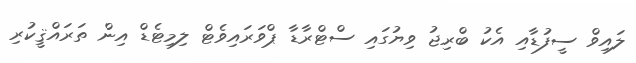
ލައިވް ސީފުޑާއި އެކު ބްރިޖު ވިޔުގައި ސްޓްރާޑާ ޕްވަރައިވެޓް ލިމިޓެޑް އިން ތަރައްޤީކުރި